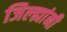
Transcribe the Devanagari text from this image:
जिल्ह्यांनी